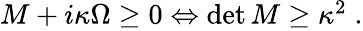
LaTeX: \begin{array}{r}{M+i\kappa\Omega\geq 0\Leftrightarrow\operatorname*{det}{M}\geq\kappa^{2}\; .}\end{array}